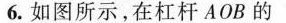
6. 如图所示，在杠杆AOB的